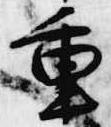
重